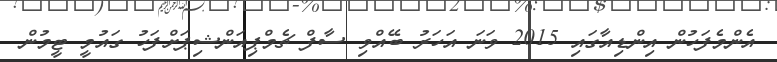
އެންމެފަހުން އިންޑިއާގައި 2015 ވަނަ އަހަރު ބޭއްވި ސާފް ޗެމްޕިއަންޝިޕަށްފަހު ގައުމީ ޓީމުން